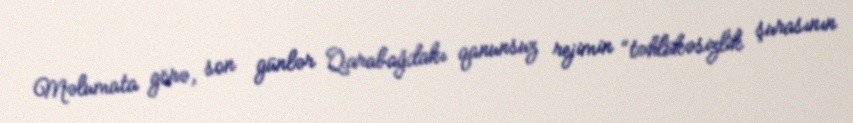
Məlumata görə, son günlər Qarabağdakı qanunsuz rejimin “təhlükəsizlik şurasının